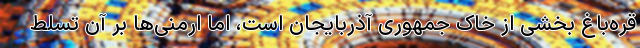
قره‌باغ بخشی از خاک جمهوری آذربایجان است، اما ارمنی‌ها بر آن تسلط